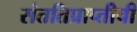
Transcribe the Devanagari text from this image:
संततिप्राप्तीची